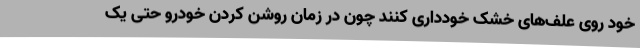
خود روی علف‌های خشک خودداری کنند چون در زمان روشن کردن خودرو حتی یک